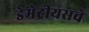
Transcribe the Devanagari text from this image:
डेमेट्रीयसचे